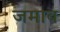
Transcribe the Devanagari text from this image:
जमाब